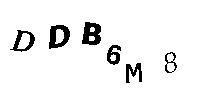
DDB6M8